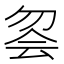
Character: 𱐹